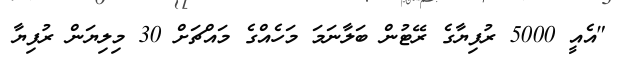
"އެއީ 5000 ރުފިޔާގެ ރޭޓުން ބަލާނަމަ މަހެއްގެ މައްޗަށް 30 މިލިޔަން ރުފިޔާ